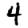
Digit: 4